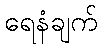
ရေနံချက်